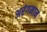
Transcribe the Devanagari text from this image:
अरंगमाम